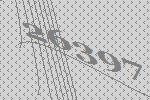
26397